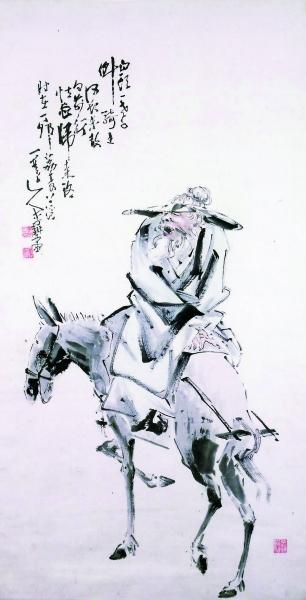
我来圯桥上，怀古钦英风。